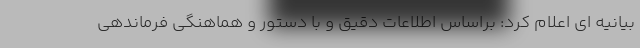
بیانیه ای اعلام کرد: براساس اطلاعات دقیق و با دستور و هماهنگی فرماندهی